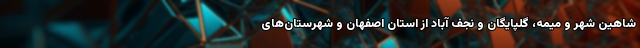
شاهین شهر و میمه، گلپایگان و نجف آباد از استان اصفهان و شهرستان‌های